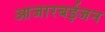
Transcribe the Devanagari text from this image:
आजारबईजन